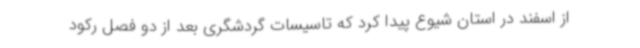
از اسفند در استان شیوع پیدا کرد که تاسیسات گردشگری بعد از دو فصل رکود